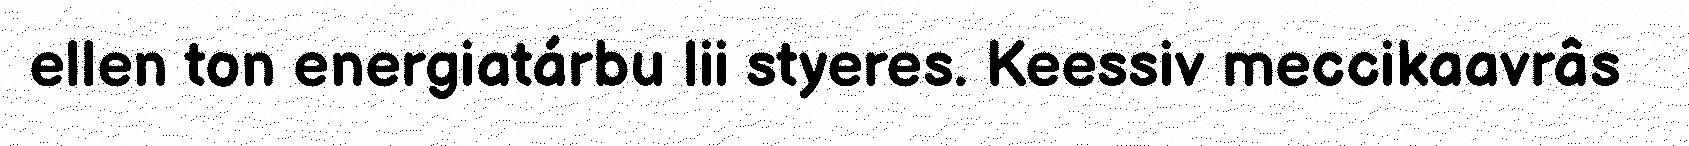
ellen ton energiatárbu lii styeres. Keessiv meccikaavrâs